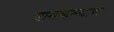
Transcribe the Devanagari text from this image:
ग्रामकल्याण